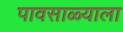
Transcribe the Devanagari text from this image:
पावसाळ्याला